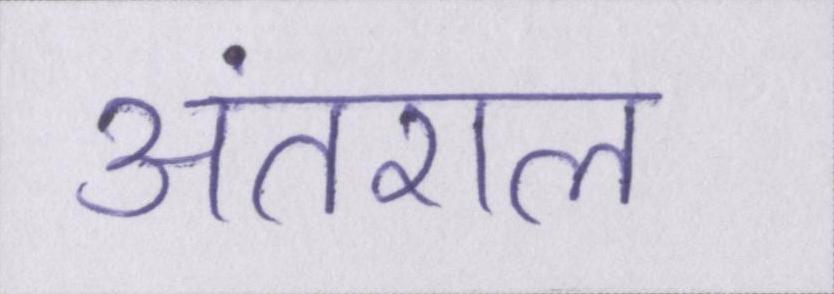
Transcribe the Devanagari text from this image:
अंतराल